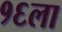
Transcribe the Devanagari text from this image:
१६ला